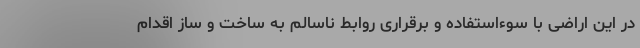
در این اراضی با سوءاستفاده و برقراری روابط ناسالم به ساخت و ساز اقدام